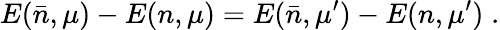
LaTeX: E(\bar{n},\mu)-E(n,\mu)=E(\bar{n},\mu^{\prime})-E(n,\mu^{\prime})\; .